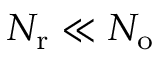
{ N _ { \mathrm { r } } } \ll { N _ { \mathrm { o } } }